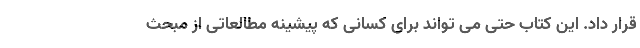
قرار داد. این کتاب حتی می تواند برای کسانی که پیشینه مطالعاتی از مبحث